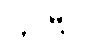
ကပီဝ